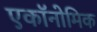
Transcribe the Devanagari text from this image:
एकॉनोमिक